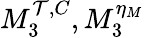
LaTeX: M_{3}^{\mathcal{T},C},M_{3}^{\eta_{M}}